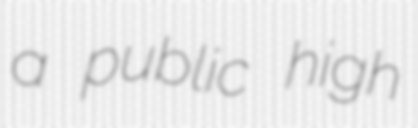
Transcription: a public high